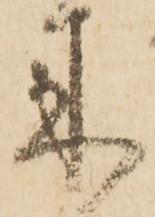
来